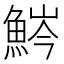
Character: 𩷒